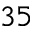
^ { 3 5 }